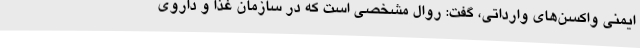
ایمنی واکسن‌های وارداتی، گفت: روال مشخصی است که در سازمان غذا و داروی